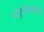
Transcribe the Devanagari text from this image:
बलुतेपद्धतीतून